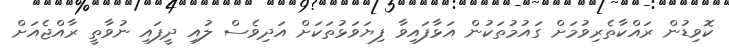
ކޮވިޑުން ރައްކާތެރިވުމަށް ގައުމުތަކުން އަޅާފައިވާ ފިޔަވަޅުތަކަށް އަދިވެސް ލުއި ދީފައި ނުވާތީ ރާއްޖެއަށް